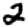
Digit: 2